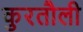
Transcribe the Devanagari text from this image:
कुरतौली